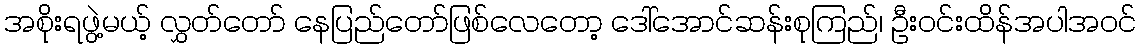
အစိုးရဖွဲ့မယ့် လွှတ်တော် နေပြည်တော်ဖြစ်လေတော့ ဒေါ်အောင်ဆန်းစုကြည်၊ ဦးဝင်းထိန်အပါအဝင်